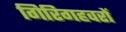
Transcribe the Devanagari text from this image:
गिरिगहवरों